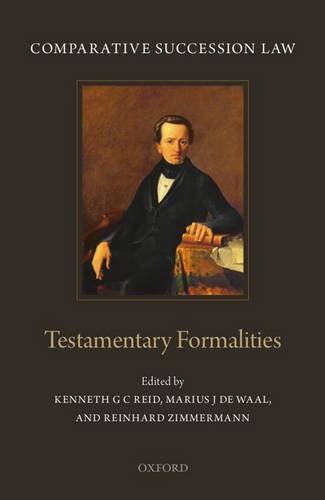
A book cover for Comparative Succession Law: Volume I: Testamentary Formalities; Kenneth G C Reid; Law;